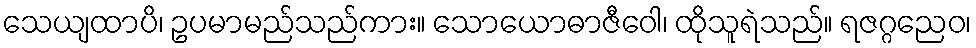
သေယျထာပိ၊ ဥပမာမည်သည်ကား။ သောယောဓာဇီဝေါ၊ ထိုသူရဲသည်။ ရဇဂ္ဂညေဝ၊